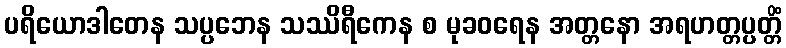
ပရိယောဒါတေန သပ္ပဘေန သဿိရီကေန စ မုခဝရေန အတ္တနော အရဟတ္တပ္ပတ္တိံ